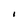
Character: I